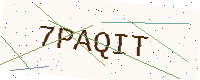
Text: 7PAQIT